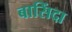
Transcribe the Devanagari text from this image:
बासिंदा